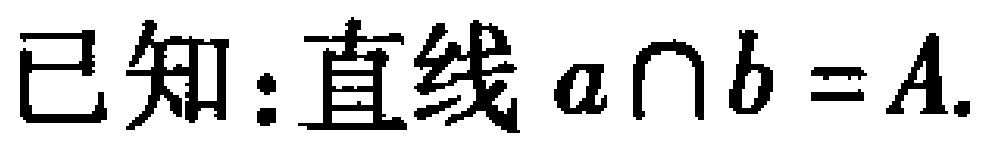
已知：直线 \(a\cap b = A\).